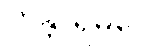
ကန္တာရမဂ္ဂေ